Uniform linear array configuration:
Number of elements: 8
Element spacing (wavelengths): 0.5
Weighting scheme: kaiser
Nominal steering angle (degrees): -15
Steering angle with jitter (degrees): -13.547
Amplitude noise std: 0.05
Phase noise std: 0.05

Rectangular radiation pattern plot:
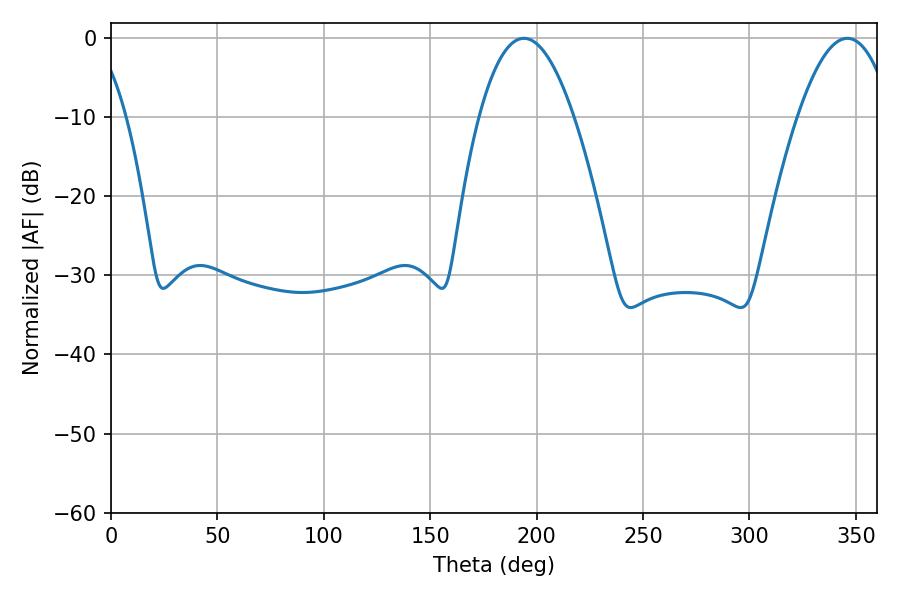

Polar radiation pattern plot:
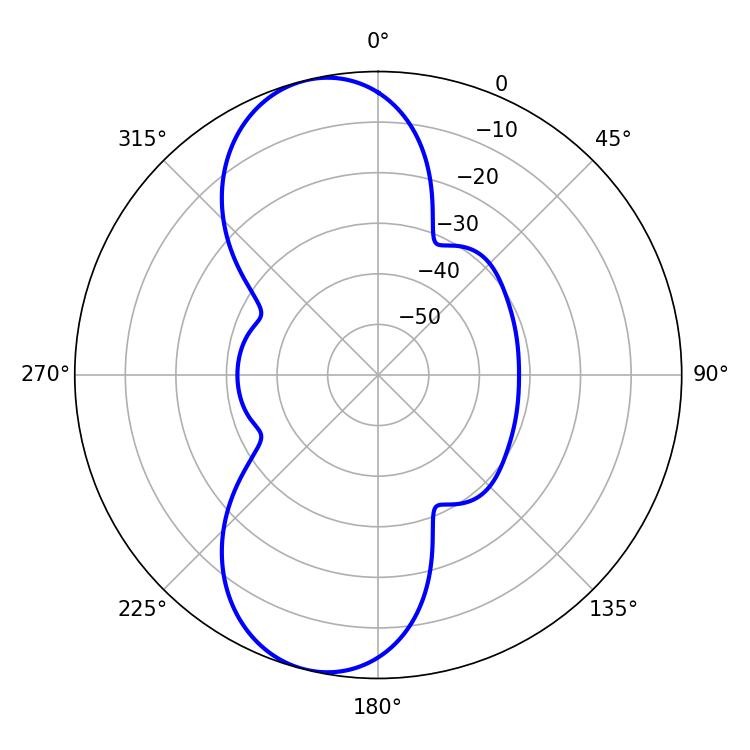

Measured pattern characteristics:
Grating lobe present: FALSE
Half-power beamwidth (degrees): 24.48
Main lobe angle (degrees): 194.04